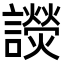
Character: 𧭓